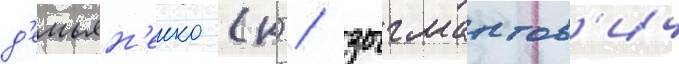
д'емьян'енко (к) / зыгмантов'ич